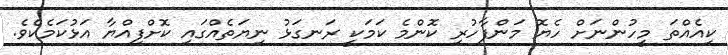
ކިއެއްތަ މީހުންނަށް ހެޔޮ މަންފާހުރި ކޮންމެ ކަމަކީ ރަނގަޅު ނިޔަތެއްގައި ކޮށްފިއްޔާ އަޅުކަމެކެވެ.